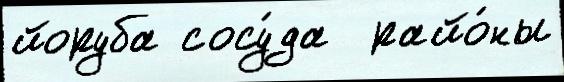
йоруба сосу́да  райо́ны